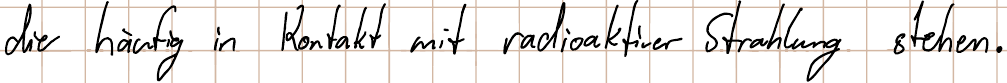
die häufig in Kontakt mit radioaktiver Strahlung stehen.